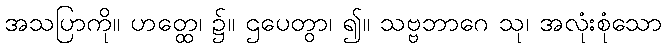
အသပြာကို။ ဟတ္ထေ၊ ၌။ ဌပေတွာ၊ ၍။ သဗ္ဗဘာဂေ သု၊ အလုံးစုံသော